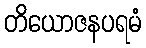
တိယောဇနပရမံ